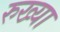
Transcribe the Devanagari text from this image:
रुख्या